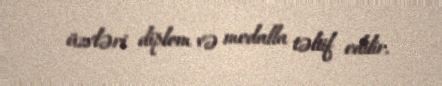
üzvləri diplom və medalla təltif edilir.